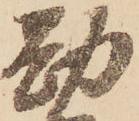
勘